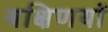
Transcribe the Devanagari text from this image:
यक्षिणयों